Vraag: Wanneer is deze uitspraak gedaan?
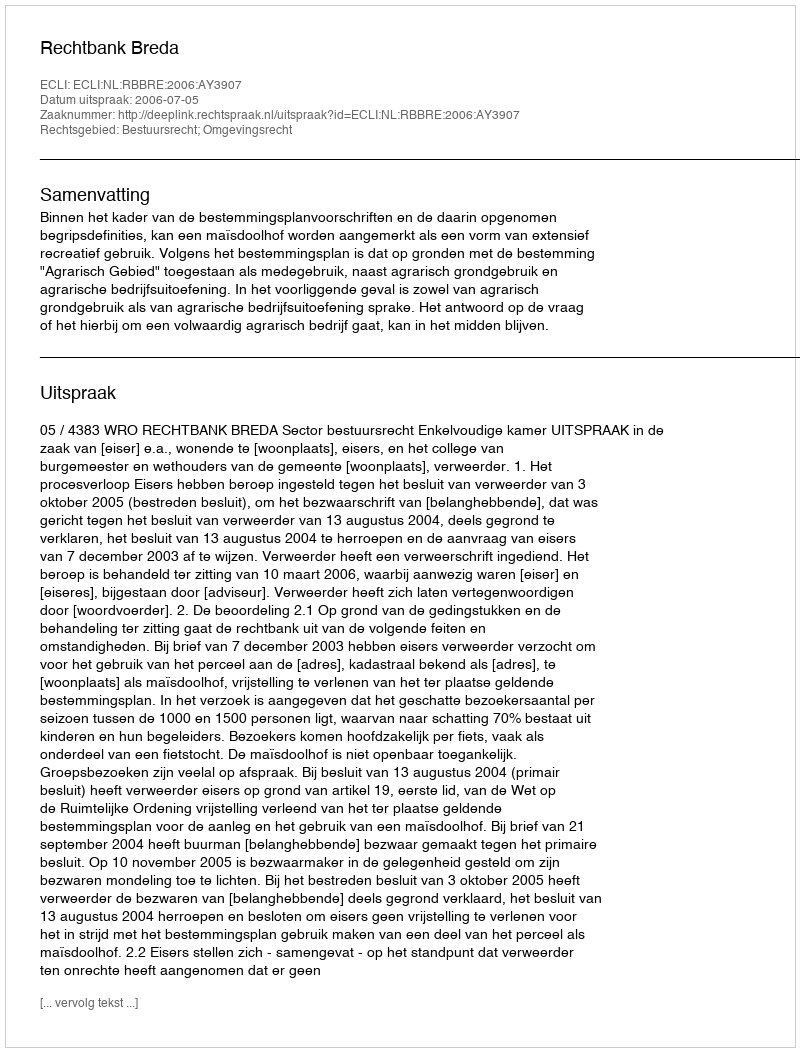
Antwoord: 2006-07-05